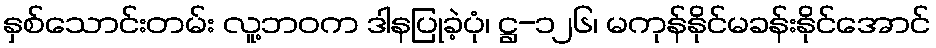
နှစ်သောင်းတမ်း လူ့ဘဝက ဒါနပြုခဲ့ပုံ၊ ဋ္ဌ-၁၂၆၊ မကုန်နိုင်မခန်းနိုင်အောင်